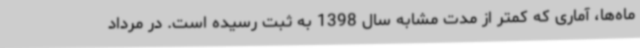
ماه‌ها، آماری که کمتر از مدت مشابه سال 1398 به ثبت رسیده است. در مرداد